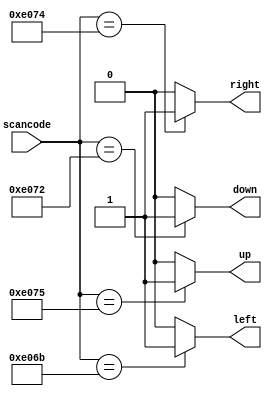
// This program was cloned from: https://github.com/BriceLucifer/DDCA-verilog
// License: MIT License

// synthesis verilog_input_version verilog_2001
module top_module (
    input [15:0] scancode,
    output reg left,
    output reg down,
    output reg right,
    output reg up  ); 

always @(*) begin
    case (scancode)
        16'he06b : begin
            left = 1'b1;
            down = 1'b0;
            right = 1'b0;
            up = 1'b0;
        end
        16'he072 : begin
            left = 1'b0;
            down = 1'b1;
            right = 1'b0;
            up = 1'b0;
        end
        16'he074 : begin
            left = 1'b0;
            down = 1'b0;
            right = 1'b1;
            up = 1'b0;
        end
        16'he075 : begin
            left = 1'b0;
            down = 1'b0;
            right = 1'b0;
            up = 1'b1;
        end
        default:
        begin
            left = 1'b0;
            down = 1'b0;
            right = 1'b0;
            up = 1'b0;
        end 
    endcase
end
endmodule